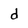
Character: d